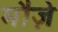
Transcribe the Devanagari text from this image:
मौज़े